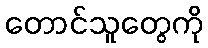
တောင်သူတွေကို